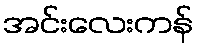
အင်းလေးကန်